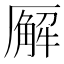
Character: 𪠘